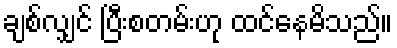
ချစ်လျှင် ပြီးစတမ်းဟု ထင်နေမိသည်။